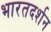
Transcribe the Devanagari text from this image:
भारतदर्शन